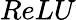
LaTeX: ReLU